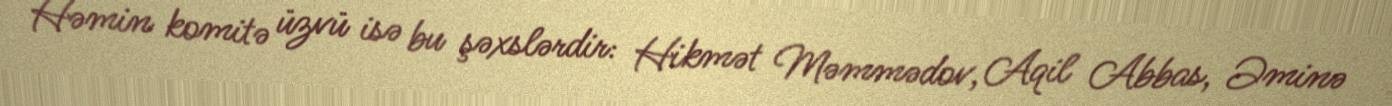
Həmin komitə üzvü isə bu şəxslərdir: Hikmət Məmmədov, Aqil Abbas, Əminə